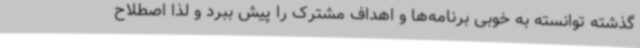
گذشته توانسته به خوبی برنامه‌ها و اهداف مشترک را پیش ببرد و لذا اصطلاح